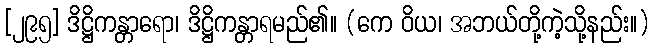
[၂၉၅] ဒိဋ္ဌိကန္တာရော၊ ဒိဋ္ဌိကန္တာရမည်၏။ (ကေ ဝိယ၊ အဘယ်တို့ကဲ့သို့နည်း။)